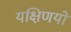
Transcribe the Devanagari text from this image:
यक्षिणयों